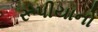
રૂપીયાનો